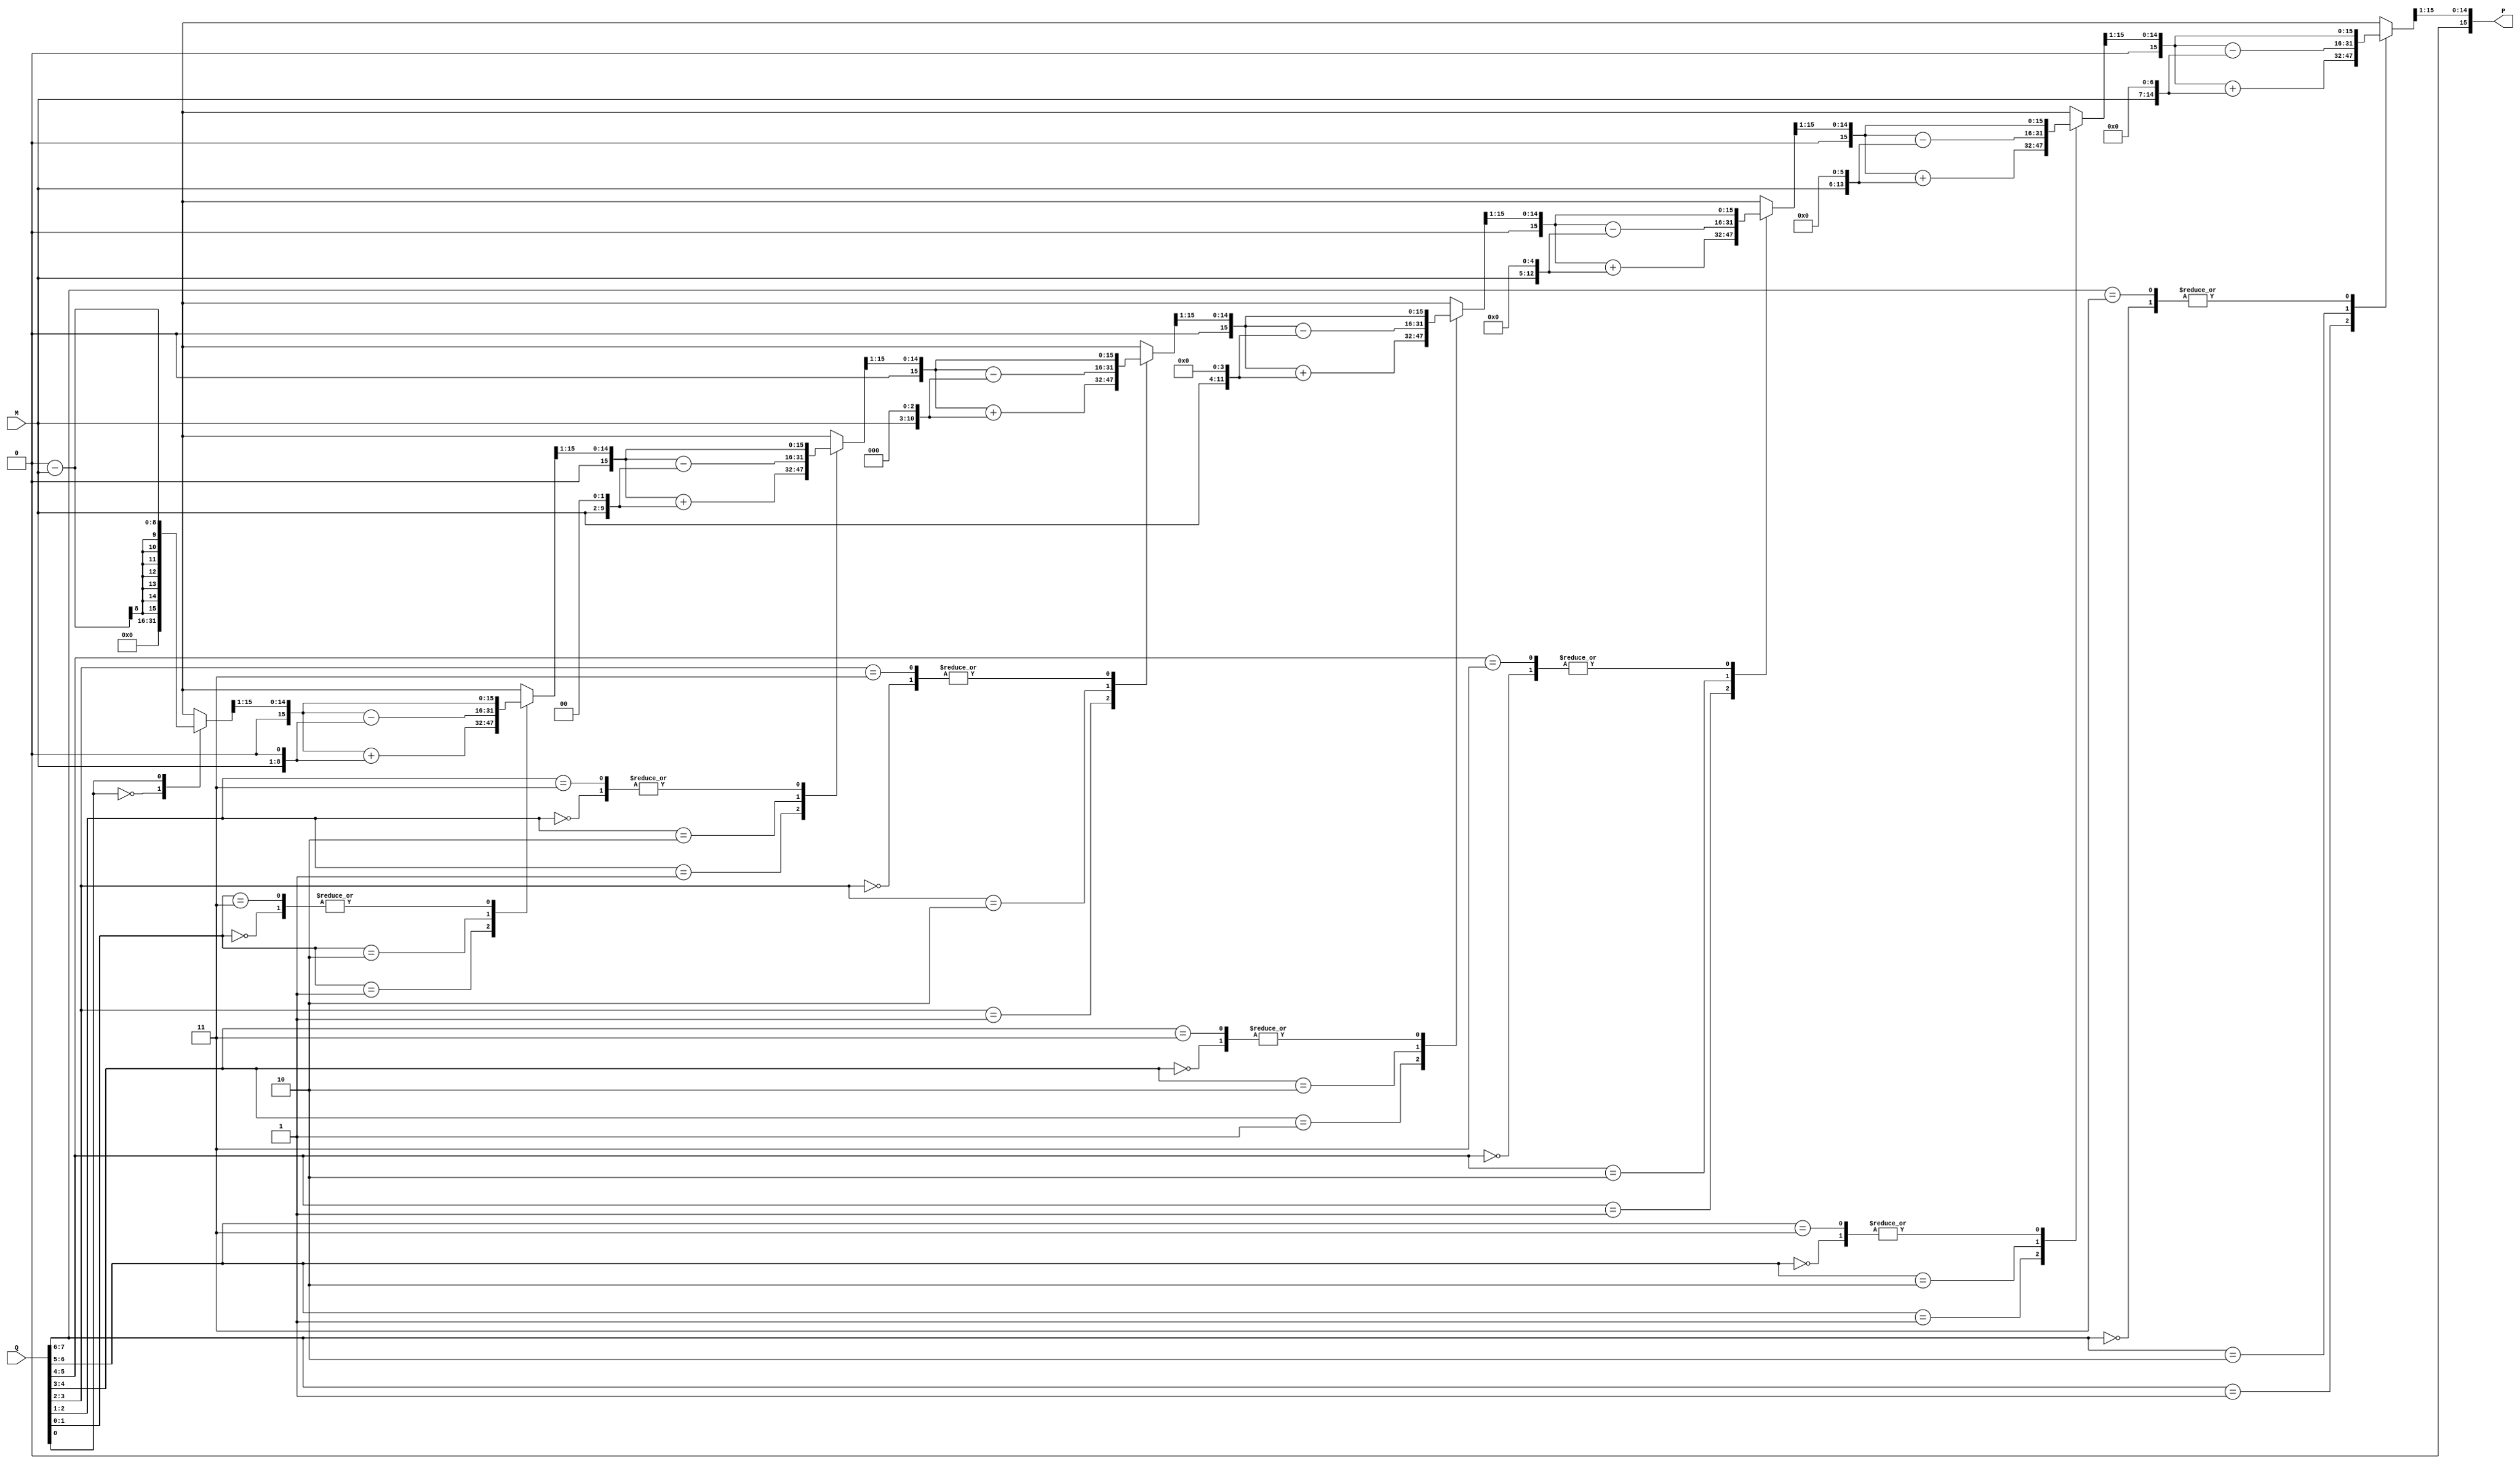
module modified_booth_multiplier #(parameter WIDTH = 8) (
    input signed [WIDTH-1:0] M,         // Multiplicand
    input signed [WIDTH-1:0] Q,         // Multiplier
    output reg signed [2*WIDTH-1:0] P   // Product
);

    reg signed [2*WIDTH-1:0] A;          // Accumulator
    reg [WIDTH-1:0] Q_temp;               // Current state of the multiplier
    reg Q_minus_1;                        // Previous bit of the multiplier
    integer i;

    // Booth encoding and partial product generation
    always @(*) begin
        // Initialize
        A = 0;
        Q_temp = Q;
        Q_minus_1 = 0; // Initialize Q-1 to 0
        P = 0;

        for (i = 0; i < WIDTH; i = i + 1) begin
            case ({Q_temp[0], Q_minus_1})
                2'b00: begin
                    // No operation
                    A = A; // Do nothing
                end
                2'b01: begin
                    // Add multiplicand
                    A = A + (M << i);
                end
                2'b10: begin
                    // Subtract multiplicand
                    A = A - (M << i);
                end
                2'b11: begin
                    // No operation
                    A = A; // Do nothing
                end
            endcase
            
            // Shift right: Q_temp and A
            Q_minus_1 = Q_temp[0]; // Update Q-1
            Q_temp = {A[0], Q_temp} >> 1; // Shift right
            A = A >> 1; // Shift accumulator
        end

        // Final product
        P = A;
    end
endmodule